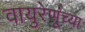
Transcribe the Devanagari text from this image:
वायुरेणूंच्या